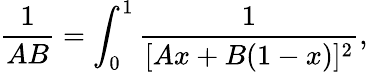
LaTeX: \frac{1}{AB}=\int_{0}^{1}\frac{1}{[Ax+B(1-x)]^{2}},